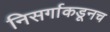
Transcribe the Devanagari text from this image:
निसर्गाकडूनच